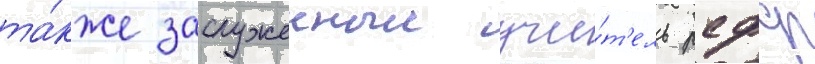
та́кже заслуженныи учи́т'ель рсфср